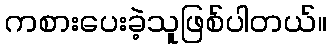
ကစားပေးခဲ့သူဖြစ်ပါတယ်။